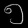
Digit: ၅